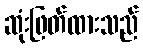
ဆုံးဖြတ်ထားသည်